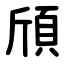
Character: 頎